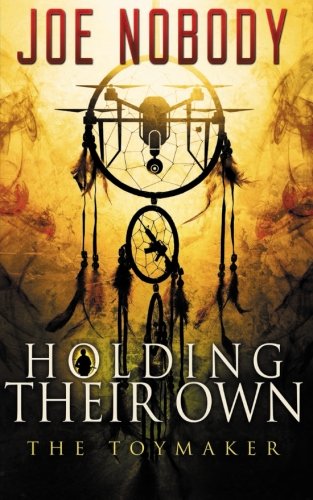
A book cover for The Toymaker (Holding Their Own) (Volume 10); Joe Nobody; Science Fiction & Fantasy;